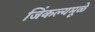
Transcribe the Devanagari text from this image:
जिंकल्यमूळे